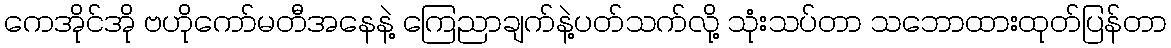
ကေအိုင်အို ဗဟိုကော်မတီအနေနဲ့ ကြေညာချက်နဲ့ပတ်သက်လို့ သုံးသပ်တာ သဘောထားထုတ်ပြန်တာ